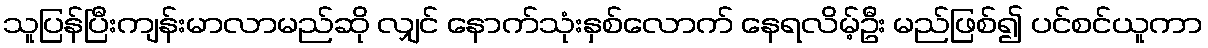
သူပြန်ပြီးကျန်းမာလာမည်ဆို လျှင် နောက်သုံးနှစ်လောက် နေရလိမ့်ဦး မည်ဖြစ်၍ ပင်စင်ယူကာ